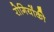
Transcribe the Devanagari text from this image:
रोगियोंकी